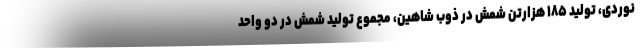
نوردی، تولید ۱۸۵ هزارتن شمش در ذوب شاهین، مجموع تولید شمش در دو واحد